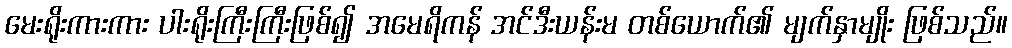
မေးရိုးကားကား ပါးရိုးကြီးကြီးဖြစ်၍ အမေရိကန် အင်ဒီးယန်းမ တစ်ယောက်၏ မျက်နှာမျိုး ဖြစ်သည်။